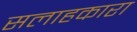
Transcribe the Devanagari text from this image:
सलाहकारा